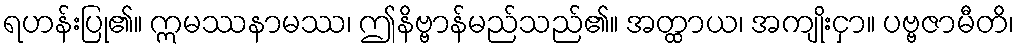
ရဟန်းပြု၏။ ဣမဿနာမဿ၊ ဤနိဗ္ဗာန်မည်သည်၏။ အတ္ထာယ၊ အကျိုးငှာ။ ပဗ္ဗဇာမီတိ၊